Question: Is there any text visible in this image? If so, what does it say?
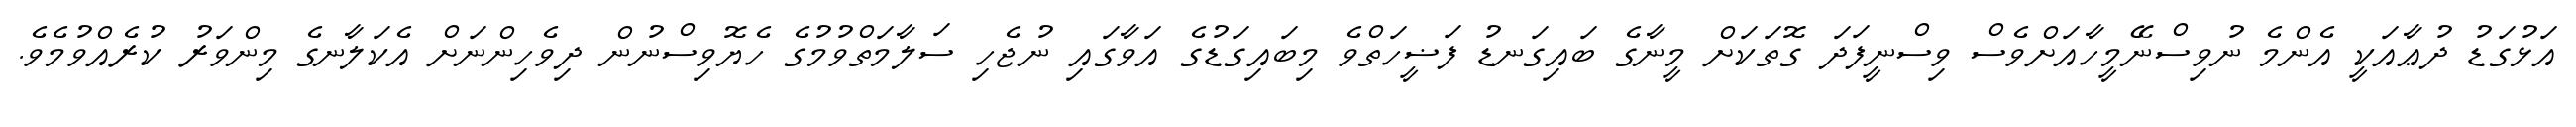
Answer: އަޅުގަޑު ދުޢާއަކީ އެންމެ ނުވިސްނޭމީހާއަށްވެސް ވިސްނީފަދަ ގޮތަކަށް މީނާގެ ބައިގަނޑު ފަޟީހަތްވެ މިބައިގަޑުގެ އަވާގައި ނުޖެހި ސަލާމަތްވުމުގެ ހެޔޮވިސްނުން ދިވެހިންނަށް އެކަލާނގެ މިންވަރު ކުރެއްވުމެވެ.